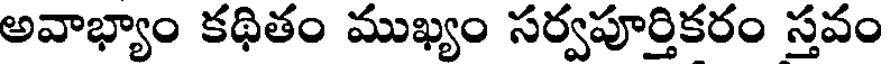
అవాభ్యాం కథితం ముఖ్యం సర్వపూర్తికరం స్తవం